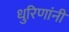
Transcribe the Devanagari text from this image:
धुरिणांनी